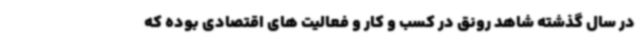
در سال گذشته شاهد رونق در کسب و کار و فعالیت های اقتصادی بوده که